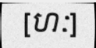
[ហៈ]